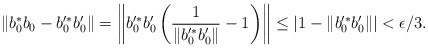
\begin{align*}\| b_0^\ast b_0 - b_0'^\ast b_0' \| = \left\| b_0'^\ast b_0' \left( \frac{1}{\| b_0'^\ast b_0'\|} - 1 \right) \right\| \leq | 1- \|b_0'^\ast b_0'\|| < \epsilon/3.\end{align*}